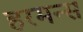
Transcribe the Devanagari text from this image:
हरमन्स